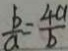
\frac { b } { a } = \frac { 4 a } { b }